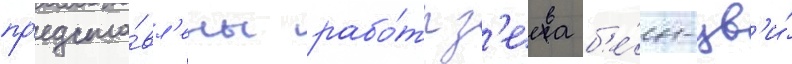
пр'едста́вл'ены рабо́ты з'еева б'е́н-цв'и́